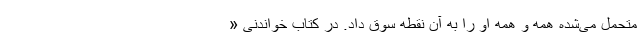
متحمل می‌شده همه و همه او را به آن نقطه سوق داد. در کتاب خواندنی «